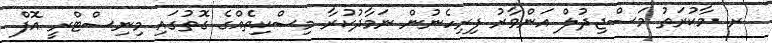
ރ. މާކުރަތު މަސްޖިދުލް އަންވާރު ފިރިހެނުން ނަމާދުކުރާ މިސްކިތެއްގެ ގޮތުގައި މިނިސްޓްރީ އޮފް